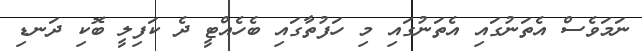
ނަމަވެސް އެތަނުގައި އެތަނުގައި މި ހަފުތާގައި ބެހެއްޓީ ދެ ކަފިލީ ބޮކި ދަނޑި